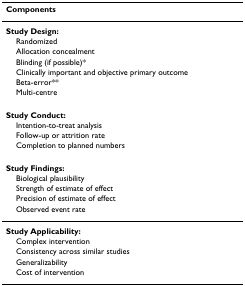
| Components |
 | --- |
 | Study Design: |
 | Randomized |
 | Allocation concealment |
 | Blinding (if possible)* |
 | Clinically important and objective primary outcome |
 | Beta-error** |
 | Multi-centre |
 | Study Conduct: |
 | Intention-to-treat analysis |
 | Follow-up or attrition rate |
 | Completion to planned numbers |
 | Study Findings: |
 | Biological plausibility |
 | Strength of estimate of effect |
 | Precision of estimate of effect |
 | Observed event rate |
 | Study Applicability: |
 | Complex intervention |
 | Consistency across similar studies |
 | Generalizability |
 | Cost of intervention |